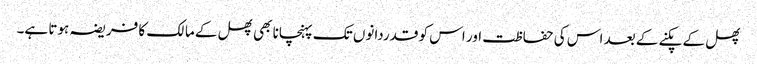
پھل کے پکنے کے بعد اس کی حفاظت اور اس کو قدردانوں تک پہنچانا بھی پھل کے مالک کا فریضہ ہوتا ہے۔